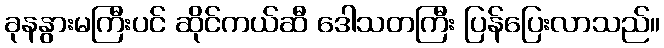
ခုနနွားမကြီးပင် ဆိုင်ကယ်ဆီ ဒေါသတကြီး ပြန်ပြေးလာသည်။